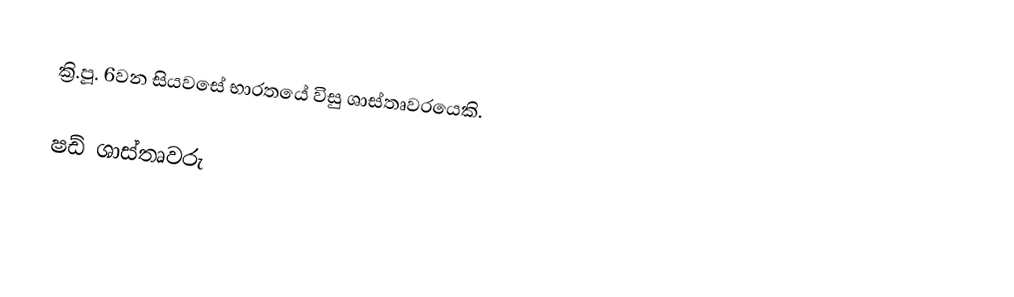
ක්‍රි.පූ. 6වන සියවසේ භාරතයේ විසු ශාස්තෘවරයෙකි.

ෂඩ් ශාස්තෘවරු